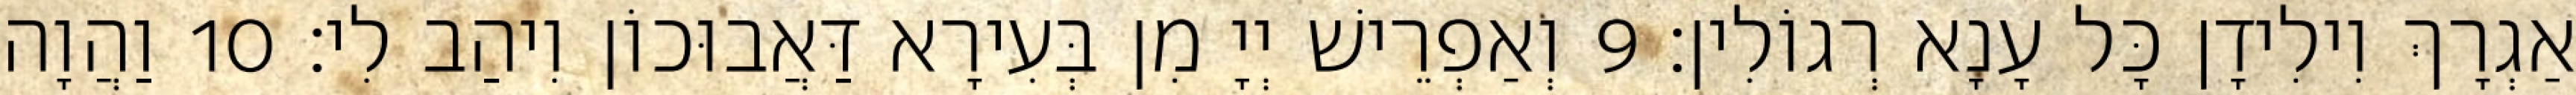
אַגְרָךְ וִילִידָן כָּל עָנָא רְגוֹלִין׃ 9 וְאַפְרֵישׁ יְיָ מִן בְּעִירָא דַּאֲבוּכוֹן וִיהַב לִי׃ 10 וַהֲוָה